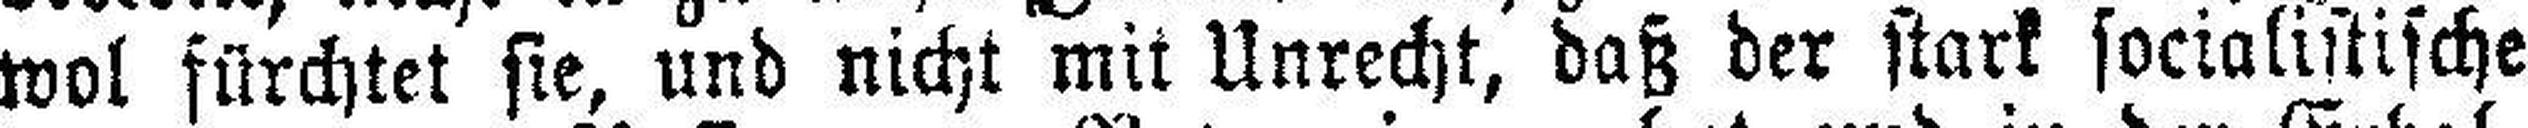
wol fürchtet sie, und nicht mit Unrecht, daß der stark socialistische